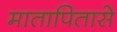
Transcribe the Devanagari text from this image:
मातापितासे